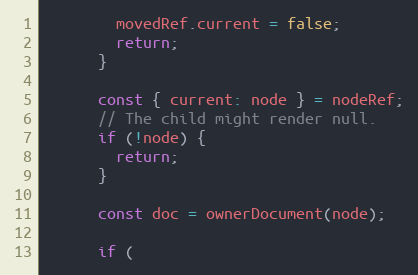
Language: JavaScript
        movedRef.current = false;
        return;
      }

      const { current: node } = nodeRef;
      // The child might render null.
      if (!node) {
        return;
      }

      const doc = ownerDocument(node);

      if (